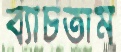
ব্যাচতাম